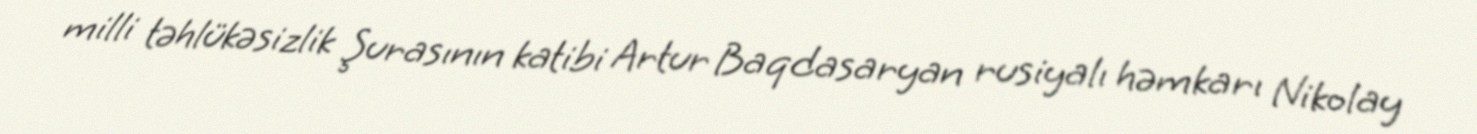
milli təhlükəsizlik Şurasının katibi Artur Baqdasaryan rusiyalı həmkarı Nikolay